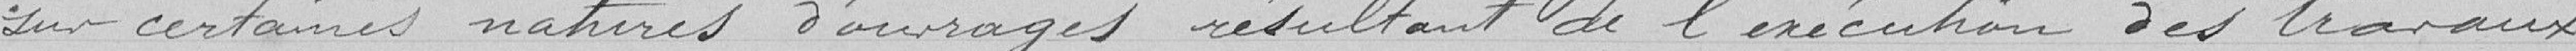
Sur certaines natures d'ouvrages résultant de l'exécution des travaux